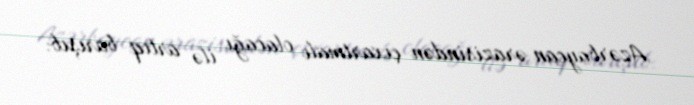
Azərbaycan ərazisindən çıxartmalı olacağı ilə artıq barışıb.